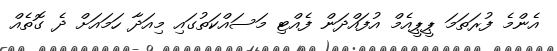
އެންމެ ފުރަތަމަ ޕީޕީއެމް އުފައްދަން ފެއްޓި މަސައްކަތުގައި މިއަދާ ހަމައަށް ދެ ގޮތެއް